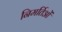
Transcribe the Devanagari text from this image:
निमर्तिओं